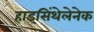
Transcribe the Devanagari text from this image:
हाइसिंथेलेनेक